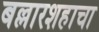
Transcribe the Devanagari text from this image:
बल्लारशहाचा